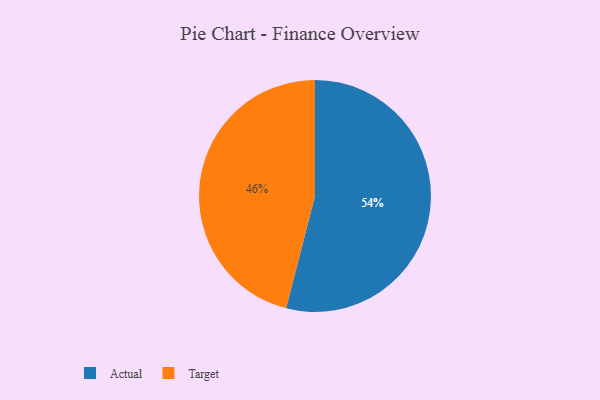
{"axis": {"x": "Category", "y": "Percentage"}, "legend": ["Actual", "Target"], "data": [{"x": "Target", "y": 46, "type": "Target"}, {"x": "Actual", "y": 54, "type": "Actual"}]}